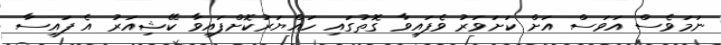
ނަމަވެސް އަވަސް އަށް ކަށަވަރު ވެފައިވާ ގޮތުގައި ހައްޔަރުކޮށްފައިވާ ކޭޝިއަރު އެ ފައިސާ